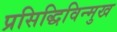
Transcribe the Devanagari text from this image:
प्रसिद्धिविन्मुख